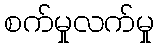
စက်မှုလက်မှု